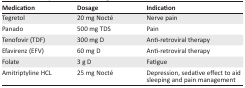
<table><thead><tr><td><b>Medication</b></td><td><b>Dosage</b></td><td><b>Indication</b></td></tr></thead><tbody><tr><td>Tegretol</td><td>20 mg Nocté</td><td>Nerve pain</td></tr><tr><td>Panado</td><td>500 mg TDS</td><td>Pain</td></tr><tr><td>Tenofovir (TDF)</td><td>300 mg D</td><td>Anti-retroviral therapy</td></tr><tr><td>Efavirenz (EFV)</td><td>60 mg D</td><td>Anti-retroviral therapy</td></tr><tr><td>Folate</td><td>3 g D</td><td>Fatigue</td></tr><tr><td>Amitriptyline HCL</td><td>25 mg Nocté</td><td>Depression, sedative effect to aid sleeping and pain management</td></tr></tbody></table>